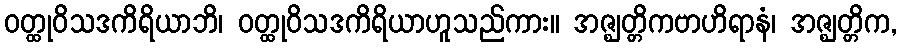
ဝတ္ထုဝိသဒကိရိယာဘိ၊ ဝတ္ထုဝိသဒကိရိယာဟူသည်ကား။ အဇ္ဈတ္တိကဗာဟိရာနံ၊ အဇ္ဈတ္တိက,